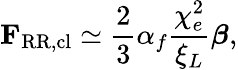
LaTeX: \mathbf{F}_{\mathrm{RR,cl}}\simeq\frac{2}{3}\alpha_{f}\frac{\chi_{e}^{2}}{\xi_{L}}\boldsymbol{\beta},